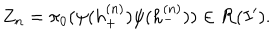
Z _ { n } = \pi _ { 0 } ( \psi ( h _ { + } ^ { ( n ) } ) \psi ( h _ { - } ^ { ( n ) } ) ) \in { \cal R } ( I ^ { \prime } ) .